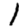
Digit: 1